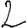
Digit: 2